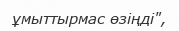
ұмыттырмас өзіңді",